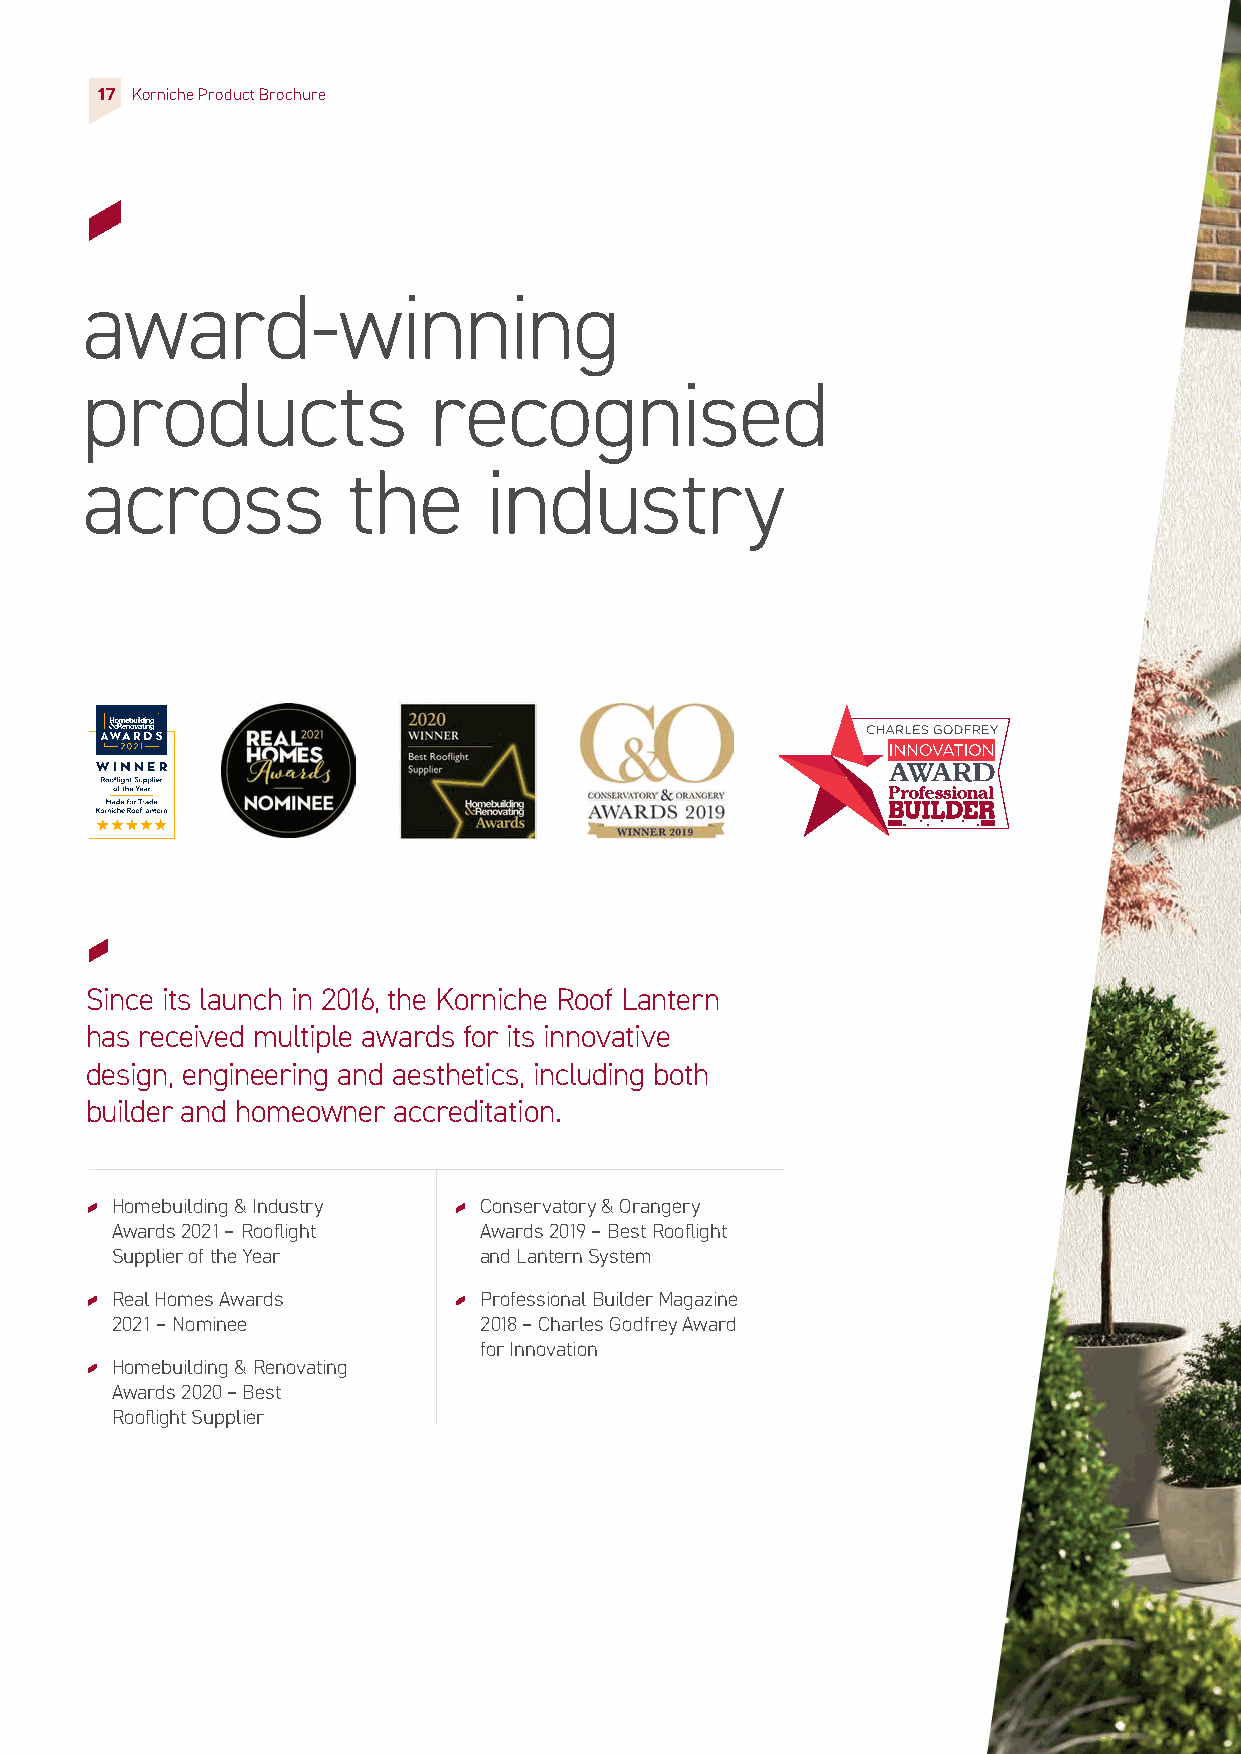
17 Korniche Product Brochure
 award-winning
 products               recognised
 across            the      industry
 Since its launch in 2016, the Korniche Roof Lantern
 has received multiple awards for its innovative
 design, engineering and aesthetics, including both
 builder and homeowner accreditation.
 Homebuilding & Industry  Conservatory & Orangery
 Awards 2021 – Rooflight  Awards 2019 – Best Rooflight
 Supplier of the Year     and Lantern System
 Real Homes Awards        Professional Builder Magazine
 2021 – Nominee           2018 – Charles Godfrey Award
 for Innovation
 Homebuilding & Renovating
 Awards 2020 – Best
 Rooflight Supplier